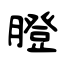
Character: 膯